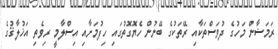
ރަމަޟާން މަހުގެ ދުވަސްތަކާއި ރޭތަކުގެ ބޭނުން ހެޔޮގޮތުގައި ހިފުމަށާއި އިސްލާމީ ރިވެތި އަޚުލާޤުގެ